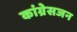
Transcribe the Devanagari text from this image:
कांग्रेसजन